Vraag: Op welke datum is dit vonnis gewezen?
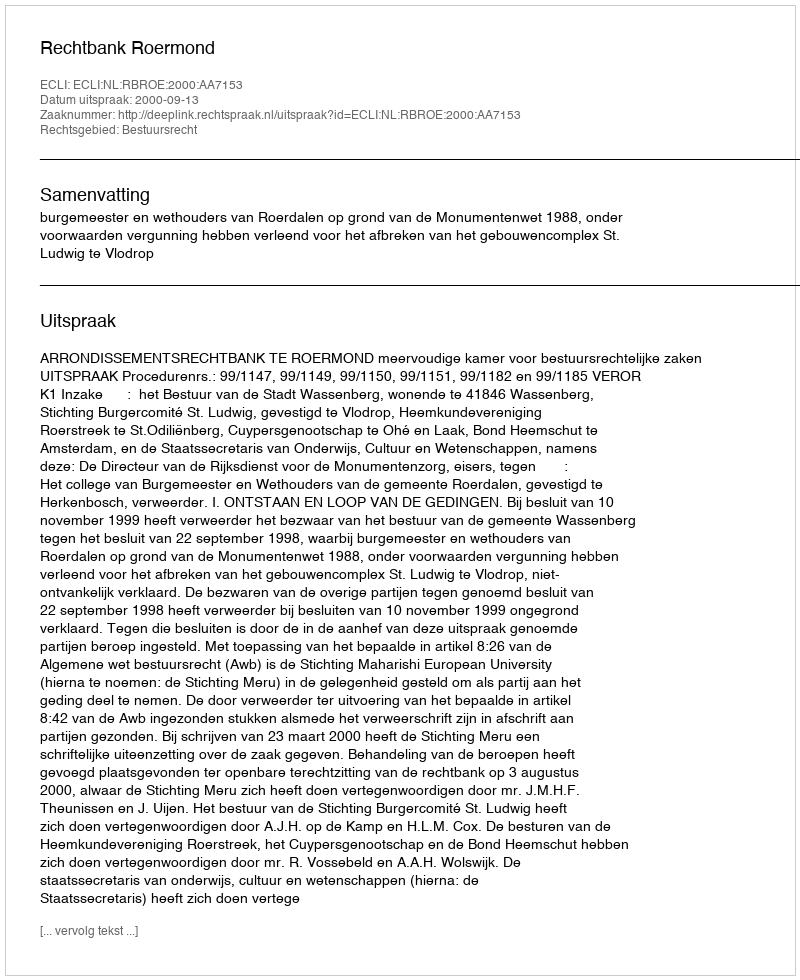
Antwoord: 2000-09-13